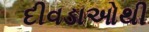
દીવડાઓથી